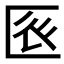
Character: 𠤺